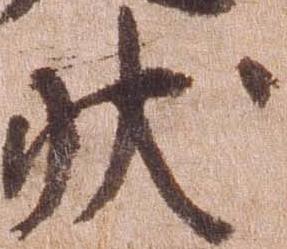
状